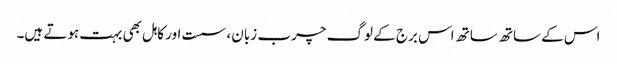
اس کے ساتھ ساتھ اس برج کے لوگ چرب زبان ، سست اور کاہل بھی بہت ہوتے ہیں۔